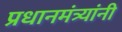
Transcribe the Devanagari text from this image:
प्रधानमंत्र्यांनी